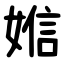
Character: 㜃